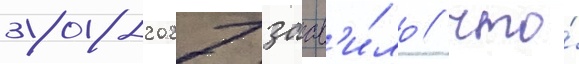
2018-2027 заав'и́ло / что́